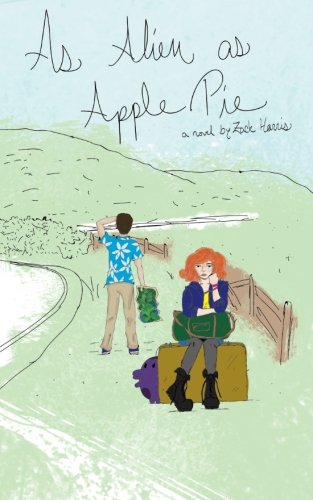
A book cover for As Alien as Apple Pie; Zack Harris; Science Fiction & Fantasy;